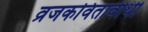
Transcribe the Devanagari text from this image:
व्रजकवितावीथी